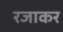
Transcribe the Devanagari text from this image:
रजाकर